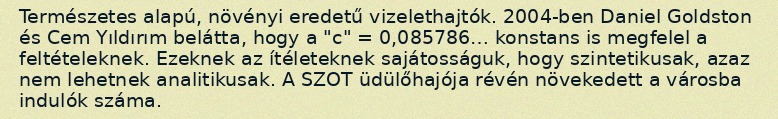
Természetes alapú, növényi eredetű vizelethajtók. 2004-ben Daniel Goldston és Cem Yıldırım belátta, hogy a "c" = 0,085786… konstans is megfelel a feltételeknek. Ezeknek az ítéleteknek sajátosságuk, hogy szintetikusak, azaz nem lehetnek analitikusak. A SZOT üdülőhajója révén növekedett a városba indulók száma.